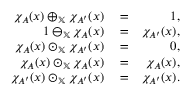
\begin{array} { r l r } { \chi _ { A } ( x ) \oplus _ { \mathbb { X } } \chi _ { A ^ { \prime } } ( x ) } & { { } = } & { 1 , } \\ { 1 \ominus _ { \mathbb { X } } \chi _ { A } ( x ) } & { { } = } & { \chi _ { A ^ { \prime } } ( x ) , } \\ { \chi _ { A } ( x ) \odot _ { \mathbb { X } } \chi _ { A ^ { \prime } } ( x ) } & { { } = } & { 0 , } \\ { \chi _ { A } ( x ) \odot _ { \mathbb { X } } \chi _ { A } ( x ) } & { { } = } & { \chi _ { A } ( x ) , } \\ { \chi _ { A ^ { \prime } } ( x ) \odot _ { \mathbb { X } } \chi _ { A ^ { \prime } } ( x ) } & { { } = } & { \chi _ { A ^ { \prime } } ( x ) . } \end{array}